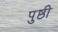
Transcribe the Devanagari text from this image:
पुष्ठी